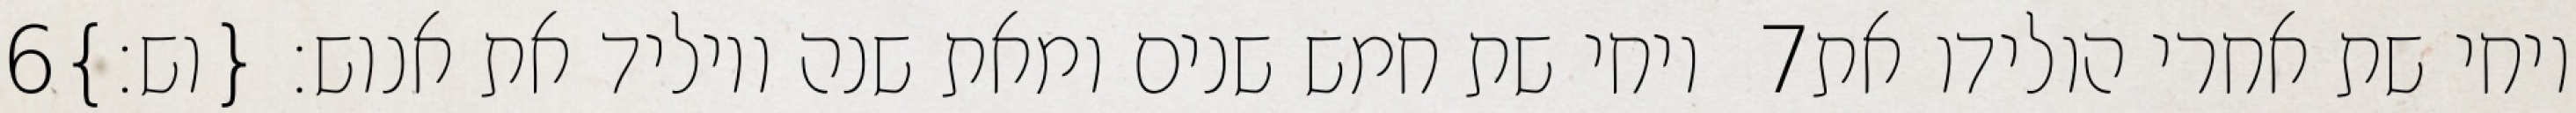
‎6‏ ויחי שת חמש שנים ומאת שנה ויוליד את אנוש׃ {וש׃} ‎7‏ ויחי שת אחרי הולידו את